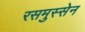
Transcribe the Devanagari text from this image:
रसमुस्सेन